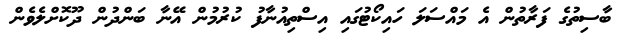
ބާސިތުގެ ފަރާތުން އެ މައްސަލަ ހައިކޯޓުގައި އިސްތިއުނާފު ކުރުމުން އޭނާ ބަންދުން ދޫކޮށްލެވެން